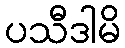
ပသီဒါမိ